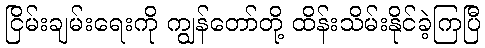
ငြိမ်းချမ်းရေးကို ကျွန်တော်တို့ ထိန်းသိမ်းနိုင်ခဲ့ကြပြီ